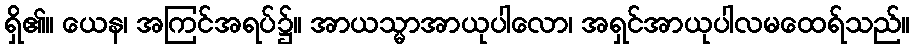
ရှိ၏။ ယေန၊ အကြင်အရပ်၌။ အာယသ္မာအာယုပါလော၊ အရှင်အာယုပါလမထေရ်သည်။